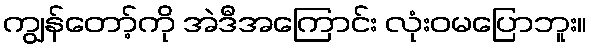
ကျွန်တော့်ကို အဲဒီအကြောင်း လုံးဝမပြောဘူး။